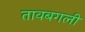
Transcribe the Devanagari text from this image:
तावबगली